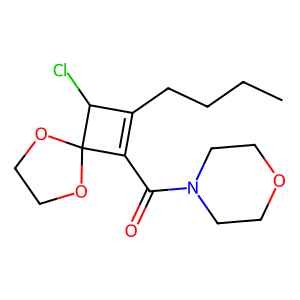
SMILES: CCCCC1=C(C(=O)N2CCOCC2)C2(OCCO2)C1Cl
Inhibits HIV replication: No